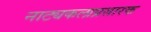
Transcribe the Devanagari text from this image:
नाट्यकलाप्रसारक